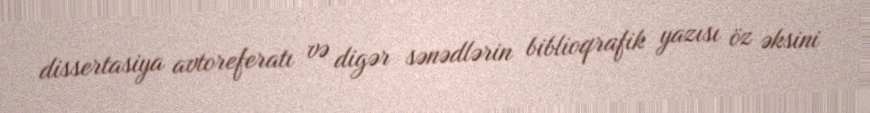
dissertasiya avtoreferatı və digər sənədlərin biblioqrafik yazısı öz əksini